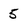
Character: 5